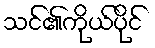
သင်၏ကိုယ်ပိုင်